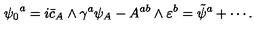
{ \psi _ { 0 } } ^ { a } = i \bar { c } _ { A } \wedge \gamma ^ { a } \psi _ { A } - A ^ { a b } \wedge \varepsilon ^ { b } = { \tilde { \psi } } ^ { a } + \cdots .